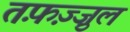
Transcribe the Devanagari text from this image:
तफ़ज़्ज़ुल